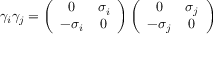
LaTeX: \gamma _ { i } \gamma _ { j } = \left( \begin{array} { c c } { { 0 } } & { { \sigma _ { i } } } \\ { { - \sigma _ { i } } } & { { 0 } } \end{array} \right) \left( \begin{array} { c c } { { 0 } } & { { \sigma _ { j } } } \\ { { - \sigma _ { j } } } & { { 0 } } \end{array} \right)